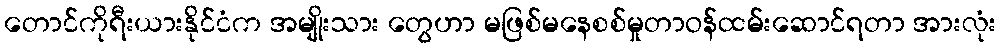
တောင်ကိုရီးယားနိုင်ငံက အမျိုးသား တွေဟာ မဖြစ်မနေစစ်မှုတာဝန်ထမ်းဆောင်ရတာ အားလုံး